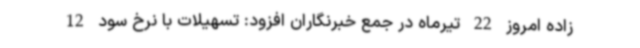
زاده امروز 22 تیرماه در جمع خبرنگاران افزود: تسهیلات با نرخ سود 12